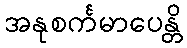
အနုစင်္ကမာပေန္တိ